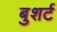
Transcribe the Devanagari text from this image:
बुशर्ट